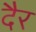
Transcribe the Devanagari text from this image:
दैर